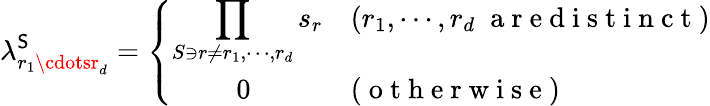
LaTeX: \lambda_{r_{1}\cdotsr_{d}}^{\mathsf{S}}=\left\{ \begin{array}{ll}{\displaystyle{\prod_{S\ni r\neq r_{1},\cdots,r_{d}}s_{r}}}&{(r_{1},\cdots,r_{d}\; \mathrm{~a~r~e~d~i~s~t~i~n~c~t~})}\\ {\quad\quad\; 0}&{(\mathrm{~o~t~h~e~r~w~i~s~e~})}\end{array}\right.